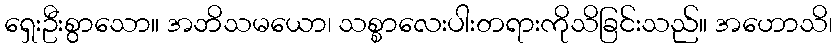
ရှေးဦးစွာသော။ အဘိသမယော၊ သစ္စာလေးပါးတရားကိုသိခြင်းသည်။ အဟောသိ၊